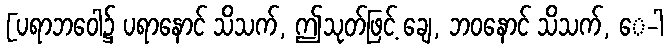
[ပရာဘဝေါ၌ ပရာနောင် သိသက်, ဤသုတ်ဖြင့် ချေ, ဘဝနောင် သိသက်, ေ-ါ